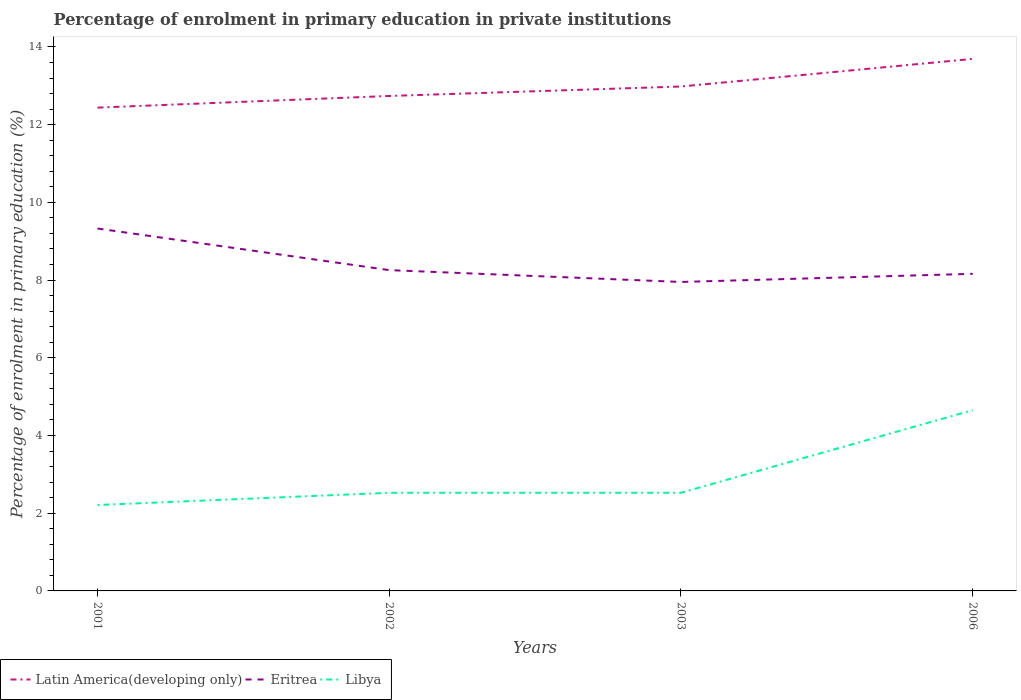
| Years | Latin America(developing only) | Eritrea | Libya |
 | --- | --- | --- | --- |
 | 2001 | 12.4 | 9.33 | 2.21 |
 | 2002 | 12.7 | 8.26 | 2.53 |
 | 2003 | 13 | 7.95 | 2.53 |
 | 2006 | 13.7 | 8.16 | 4.65 |